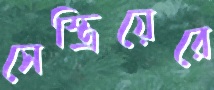
সেস্ত্রিয়েরে